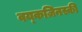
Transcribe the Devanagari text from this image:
वय्कज़िनस्की